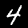
Label: 4